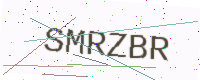
Text: SMRZBR